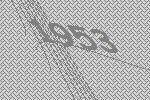
1953